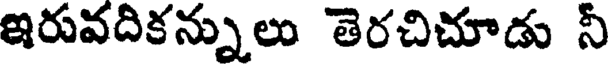
ఇరువదికన్నులు తెరచిచూడు నీ